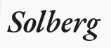
Solberg